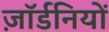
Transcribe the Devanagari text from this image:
ज़ॉर्डनियों